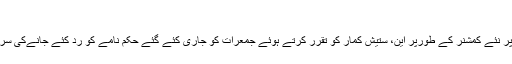
15 Hours Ago
منگلورو پولس کمشنر عہدے پر نئے کمشنر کے طورپر این، ستیش کمار کو تقرر کرتے ہوئے جمعرات کو جاری کئے گئے حکم نامے کو رد کئے جانےکی سرکاری ذرائع نے خبر دی ہے۔